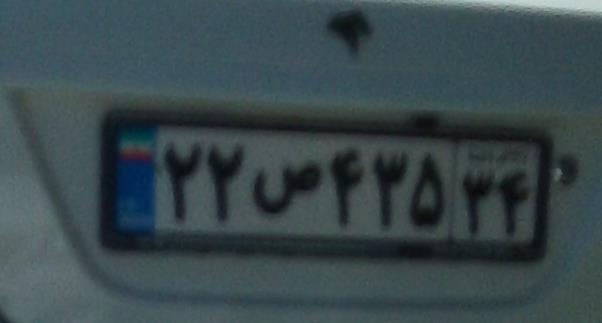
۲۲ص۴۳۵۳۴